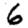
Digit: 6